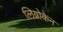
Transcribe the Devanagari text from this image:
लिग्नोकेन